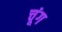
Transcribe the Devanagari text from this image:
चूंग